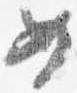
女